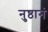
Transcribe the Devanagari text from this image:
नुष्ठानं